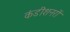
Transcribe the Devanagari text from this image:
कंडीशनरों